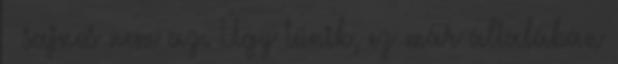
– sajnos nem az. Úgy tűnik, ez már általában